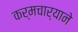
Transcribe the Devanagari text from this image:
कर्मचार्‍याने